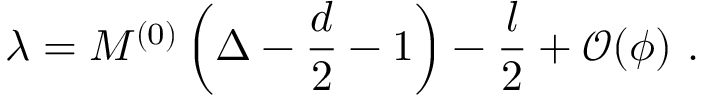
\lambda = M ^ { ( 0 ) } \left( \Delta - \frac { d } 2 - 1 \right) - \frac { l } 2 + \mathcal { O } ( \phi ) ~ .